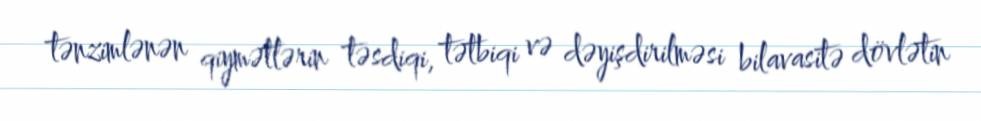
tənzimlənən qiymətlərin təsdiqi, tətbiqi və dəyişdirilməsi bilavasitə dövlətin